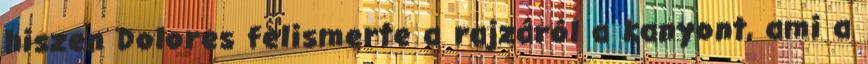
hiszen Dolores felismerte a rajzáról a kanyont, ami a